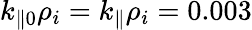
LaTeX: k_{\parallel 0}\rho_{i}=k_{\parallel}\rho_{i}=0.003